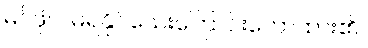
မဂ်ဖိုလ်မရနိုင်သေးကြောင်းဟောထား၏။